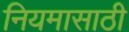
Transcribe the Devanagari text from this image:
नियमासाठी